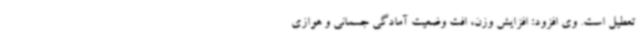
تعطیل است. وی افزود: افزایش وزن، افت وضعیت آمادگی جسمانی و هوازی